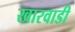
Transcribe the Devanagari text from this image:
खारवाडी